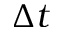
\Delta t